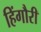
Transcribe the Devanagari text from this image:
हिंगौरी